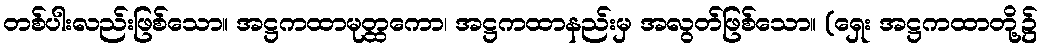
တစ်ပါးလည်းဖြစ်သော။ အဋ္ဌကထာမုတ္ထကော၊ အဋ္ဌကထာနည်းမှ အလွတ်ဖြစ်သော။ (ရှေး အဋ္ဌကထာတို့၌